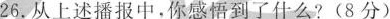
26.从上述播报中，你感悟到了什么?(8分)